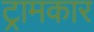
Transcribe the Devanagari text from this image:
ट्रामकार